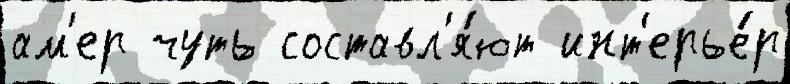
ам'ер чуть составл'я́ют инт'ерье́р